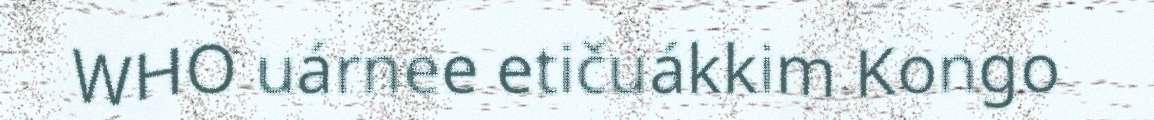
WHO uárnee etičuákkim Kongo